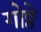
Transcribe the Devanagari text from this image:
गोष्ठे